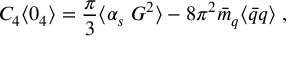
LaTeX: C _ { 4 } \langle 0 _ { 4 } \rangle = \frac { \pi } { 3 } \langle \alpha _ { s } \; G ^ { 2 } \rangle - 8 \pi ^ { 2 } \bar { m } _ { q } \langle \bar { q } q \rangle \; ,